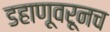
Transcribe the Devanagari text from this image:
डहाणूवरूनच